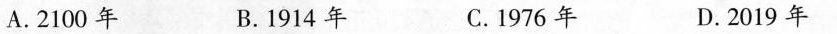
A.2100年 B.1914年 C.1976年 D.2019年